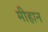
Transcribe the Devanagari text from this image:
मीहान